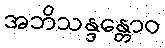
အဘိသန္ဒန္တောဝ